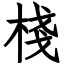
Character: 棧